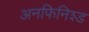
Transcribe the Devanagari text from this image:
अनफिनिश्ड